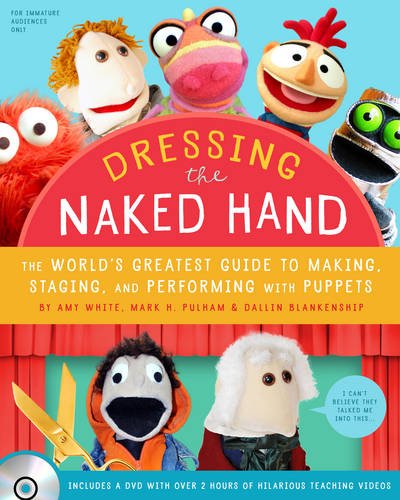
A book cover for Dressing the Naked Hand: The World's Greatest Guide to Making, Staging, and Performing with Puppets; Amy White; Crafts, Hobbies & Home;